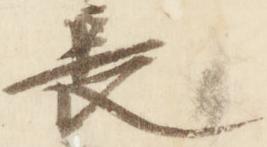
長